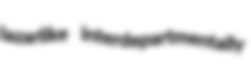
lazarlike interdepartmentally